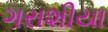
ગરાશીયા